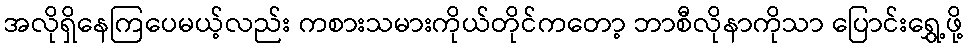
အလိုရှိနေကြပေမယ့်လည်း ကစားသမားကိုယ်တိုင်ကတော့ ဘာစီလိုနာကိုသာ ပြောင်းရွှေ့ဖို့